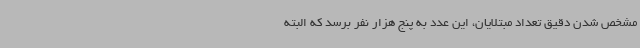
مشخص شدن دقیق تعداد مبتلایان، این عدد به پنج هزار نفر برسد که البته